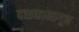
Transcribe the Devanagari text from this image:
दशकामागून